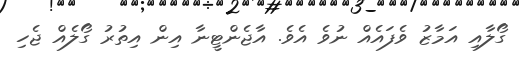
ގޯލާއި އަމާޒު ވެފައެއް ނުވެ އެވެ. އާޖެންޓީނާ އިން އިތުރު ގޯލެއް ޖެހި